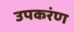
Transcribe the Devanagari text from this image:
उपकरंण